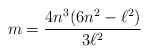
\begin{align*}m=\frac{4n^{3}(6n^{2}-\ell ^{2})}{3\ell ^{2}} \end{align*}